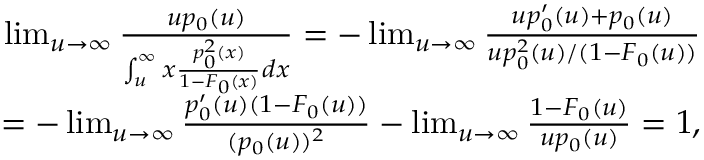
\begin{array} { r } { \operatorname* { l i m } _ { u \to \infty } \frac { u p _ { 0 } ( u ) } { \int _ { u } ^ { \infty } x \frac { p _ { 0 } ^ { 2 } ( x ) } { 1 - F _ { 0 } ( x ) } d x } = - \operatorname* { l i m } _ { u \rightarrow \infty } \frac { u p _ { 0 } ^ { \prime } ( u ) + p _ { 0 } ( u ) } { u p _ { 0 } ^ { 2 } ( u ) / ( 1 - F _ { 0 } ( u ) ) } } \\ { = - \operatorname* { l i m } _ { u \rightarrow \infty } \frac { p _ { 0 } ^ { \prime } ( u ) ( 1 - F _ { 0 } ( u ) ) } { ( p _ { 0 } ( u ) ) ^ { 2 } } - \operatorname* { l i m } _ { u \rightarrow \infty } \frac { 1 - F _ { 0 } ( u ) } { u p _ { 0 } ( u ) } = 1 , } \end{array}